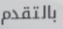
بالتقدم